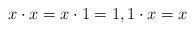
LaTeX: \begin{align*}x\cdot x=x\cdot 1=1,1\cdot x=x \end{align*}